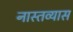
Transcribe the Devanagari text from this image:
नास्तव्यास